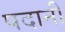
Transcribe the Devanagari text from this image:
पदानी